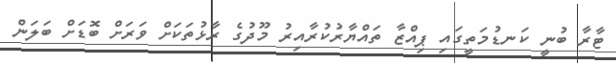
ޓާރާ ބުނީ ކަނޑުމަތީގައި ޕިއްޒާ ތައްޔާރުކުރާއިރު މޫދުގެ ރާޅުތަކަށް ވަރަށް ބޮޑަށް ބަލަން